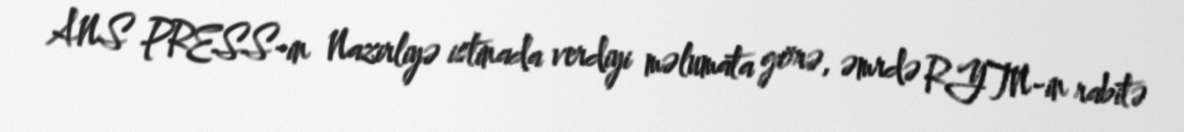
ANS PRESS-in Nazirliyə istinada verdiyi məlumata görə, əmrdə RYTN-in rabitə